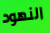
النهود